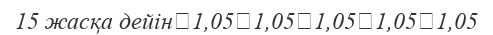
15 жасқа дейін	1,05	1,05	1,05	1,05	1,05